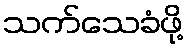
သက်သေခံဖို့